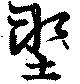
塑